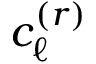
c _ { \ell } ^ { ( r ) }